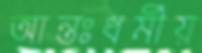
আন্তঃধর্মীয়